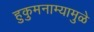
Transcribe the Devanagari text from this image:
हुकुमनाम्यामुळे